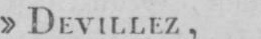
» DEVILLEZ,